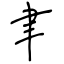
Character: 聿